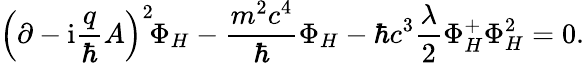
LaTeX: \left(\partial-\mathrm{i}\frac{q}{\hbar}A\right)^{2}\! \Phi_{H}-\frac{m^{2}c^{4}}{\hbar}\Phi_{H}-\hbar c^{3}\frac{\lambda}{2}\Phi_{H}^{+}\Phi_{H}^{2}=0.